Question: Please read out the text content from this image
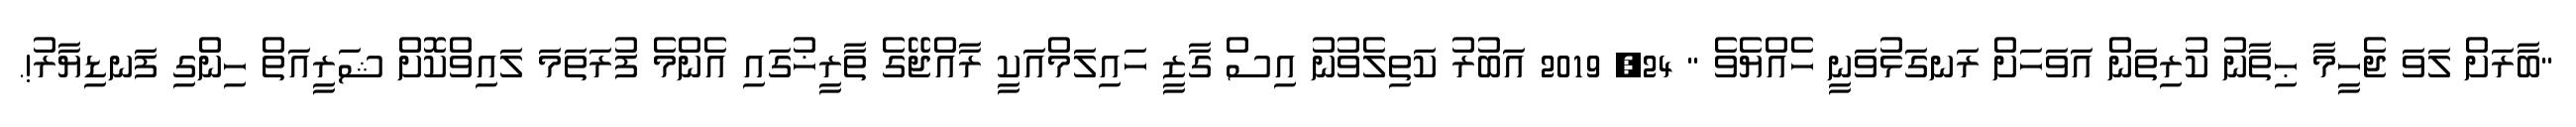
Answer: "ބާރަށް ލަވަ ޖެހީމާ ޙިތާނު ކުރިތަން އަވަހަށް ރަނގަޅުވަނީ ހެއްޔެވެ " 24, 2019 އަބުރު ކަތިލެވުނު އިސް ގާޒީ ހައިލަމްއަކީ ރާއްޖޭގެ ތާރީޚުގައި އެންމެ ފުރަތަމަ ލައިވްކޮށް ޝަރީއަތް ހިންގި ފަނޑިޔާރު!.